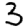
Digit: 3